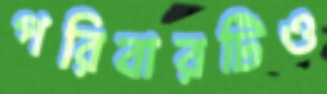
পরিবারটিও